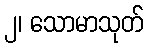
၂၊ သောမာသုတ်